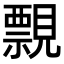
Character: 𧢄